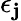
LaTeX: \epsilon_{\mathbf{j}}